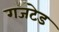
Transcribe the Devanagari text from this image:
गजटेड